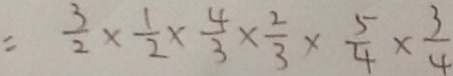
= \frac { 3 } { 2 } \times \frac { 1 } { 2 } \times \frac { 4 } { 3 } \times \frac { 2 } { 3 } \times \frac { 5 } { 4 } \times \frac { 3 } { 4 }